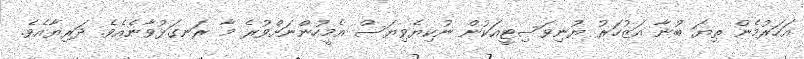
އަހަރުމެން ތިޔަ ބުނާ އަޒުހަރު ޔުނިވަސިޓީއަކުން ނުކިޔެވިޔަސް އެމީހުންނަށްވުރެ މާ ރަނގަޅުވާނެއެވެ. ދަރިޔާއެވެ.